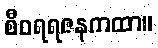
စီဝရရဇနကထာ။